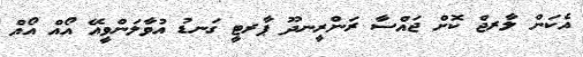
އެެކަން ލާރޖް ކޮށް ޖައްސާ ރަންރީނދޫ ޕާރޓީ ގަނޑު އުވާލަންވީއޭ އޯއް އޯއް